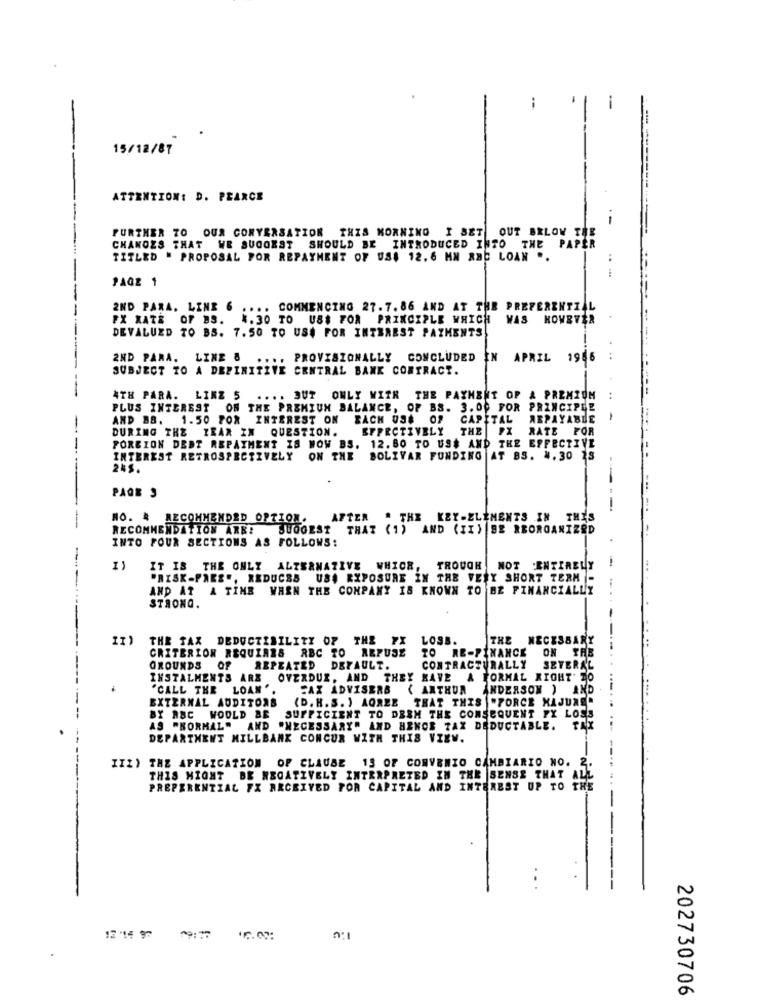
15/12/87
-
---------
ATTENTION: D. PEARCE
FURTHER TO OUR CONVERSATION THIS MORNING I SET OUT BELOW THE
CHANGES THAT WE SUGGEST SHOULD BE INTRODUCED INTO THE PAPER
TITLED " PROPOSAL FOR REPAYMENT OF US$ 12.6 MM ABC LOAN ..
PAGE 1
.. ..
2ND PARA. LINE 6
.... COMMENCING 27.7. 86 AND AT THE PREFERENTIAL
FX XATE OF BS.
1.30 TO US$ FOR PRINCIPLE WHICH WAS HOWEVER
DEVALUED TO BS. 7.50 TO US$ FOR INTEREST PAYMENTS
2ND PARA. LINE &
.. PROVISIONALLY CONCLUDED
IN
APRIL 1986
SUBJECT TO A DEFINITIVE CENTRAL BANK CONTRACT.
4TH PARA. LINZ 5
... BUT
ONLY WITH THE PAYMENT OP & PREMIUM
PLUS INTEREST ON THE PREMIUM BALANCE, OF BS. 3. 00 FOR PRINCIPER
AND B8. 1.50 FOR INTEREST ON
BACH 036 OF
CAPITAL
ARPAYABLE
DURING THE IRAR IN QUESTION.
EFFECTIVELY
THE |PX
RATE FOR
PORCION DEBT REPAYMENT IS WOW BS. 12. 80 TO US$ AND THE EFFECTIVE
INTEREST RETROSPECTIVELY ON THE BOLIVAR FUNDING AT BS. N.30 28
245.
PAGE 3
NO. # RECOMMENDED OPTION. AFTER " THE KEY-ELEMENTS IN THIS
RECOMMENDATION ARE! SUGGEST THAT (1) AND (II) BE REORGANIZED
INTO FOUR SECTIONS AS FOLLOWS:
IT IS THE ONLY ALTERNATIVE WHICH, TROUGH
NOT ENTER
Etly
"RISK-PARE ., REDUCES US$ EXPOSURE IN THE VERY SHORT TERM -
AND AT A TIME WHEN THE COMPANY IS KNOWN TO BE FINANCIALLY
STRONG.
THE TAX DEDUCTIBILITY OF THE 7X LOSS.
THE NECESSARY
CRITERION REQUIRES RBC TO REFUSE
TO RE-FINANCE
ON THE
GROUNDS OF REPEATED DEFAULT.
CONTRACTURALLY
SEVERAL
INSTALMENTS ARE OVERDUR, AND THEY HAVE A FORMAL RIGHT TO
"CALL THE LOAN ".
SAX ADVISERS ( ANTHON
ANDERSON ) AND
EXTERNAL AUDITORS
(D. H. S. ) AGREE THAT THIS "PORCE MAJUNER
BY RBC WOULD BE
SUFFICIENT TO DESH THE CONSEQUENT FX LOSS
.... ...
AS "NORMAL" AND "NECESSARY" AND HENCE TAX DEDUCTABLE. TAX
DEPARTMENT MILLBANK CONCUR WITH THIS VIEW.
III) THE APPLICATION OF CLAUSE 13 OF CONVENIO CAMBIARIO NO. 2.
THIS MIGHT BE NEGATIVELY INTERPRETED IN THE SENSE THAT ALL
PREFERENTIAL FX ARCHIVED POR CAPITAL AND INTEREST UP TO THE
12 '14 97
09:27
16.02:
202730706